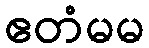
ဧတံမမ